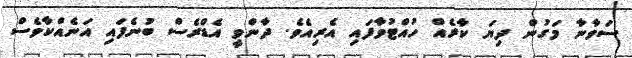
ސަވާނާ މަގުން ދިޔަ ކާރެއް ހުއްޓުވާފައި އެރިއެވެ. ދާންވީ އެޑްރެސް ބުނެފައި އަނެއްކާވެސް